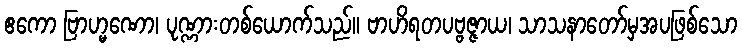
ဧကော ဗြာဟ္မဏော၊ ပုဏ္ဏားတစ်ယောက်သည်။ ဗာဟိရတပဗ္ဗဇ္ဇာယ၊ သာသနာတော်မှအပဖြစ်သော